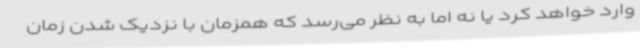
وارد خواهد کرد یا نه اما به نظر می‌رسد که همزمان با نزدیک شدن زمان